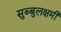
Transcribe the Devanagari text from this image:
सुब्बुलक्षमी